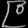
Digit: ၉